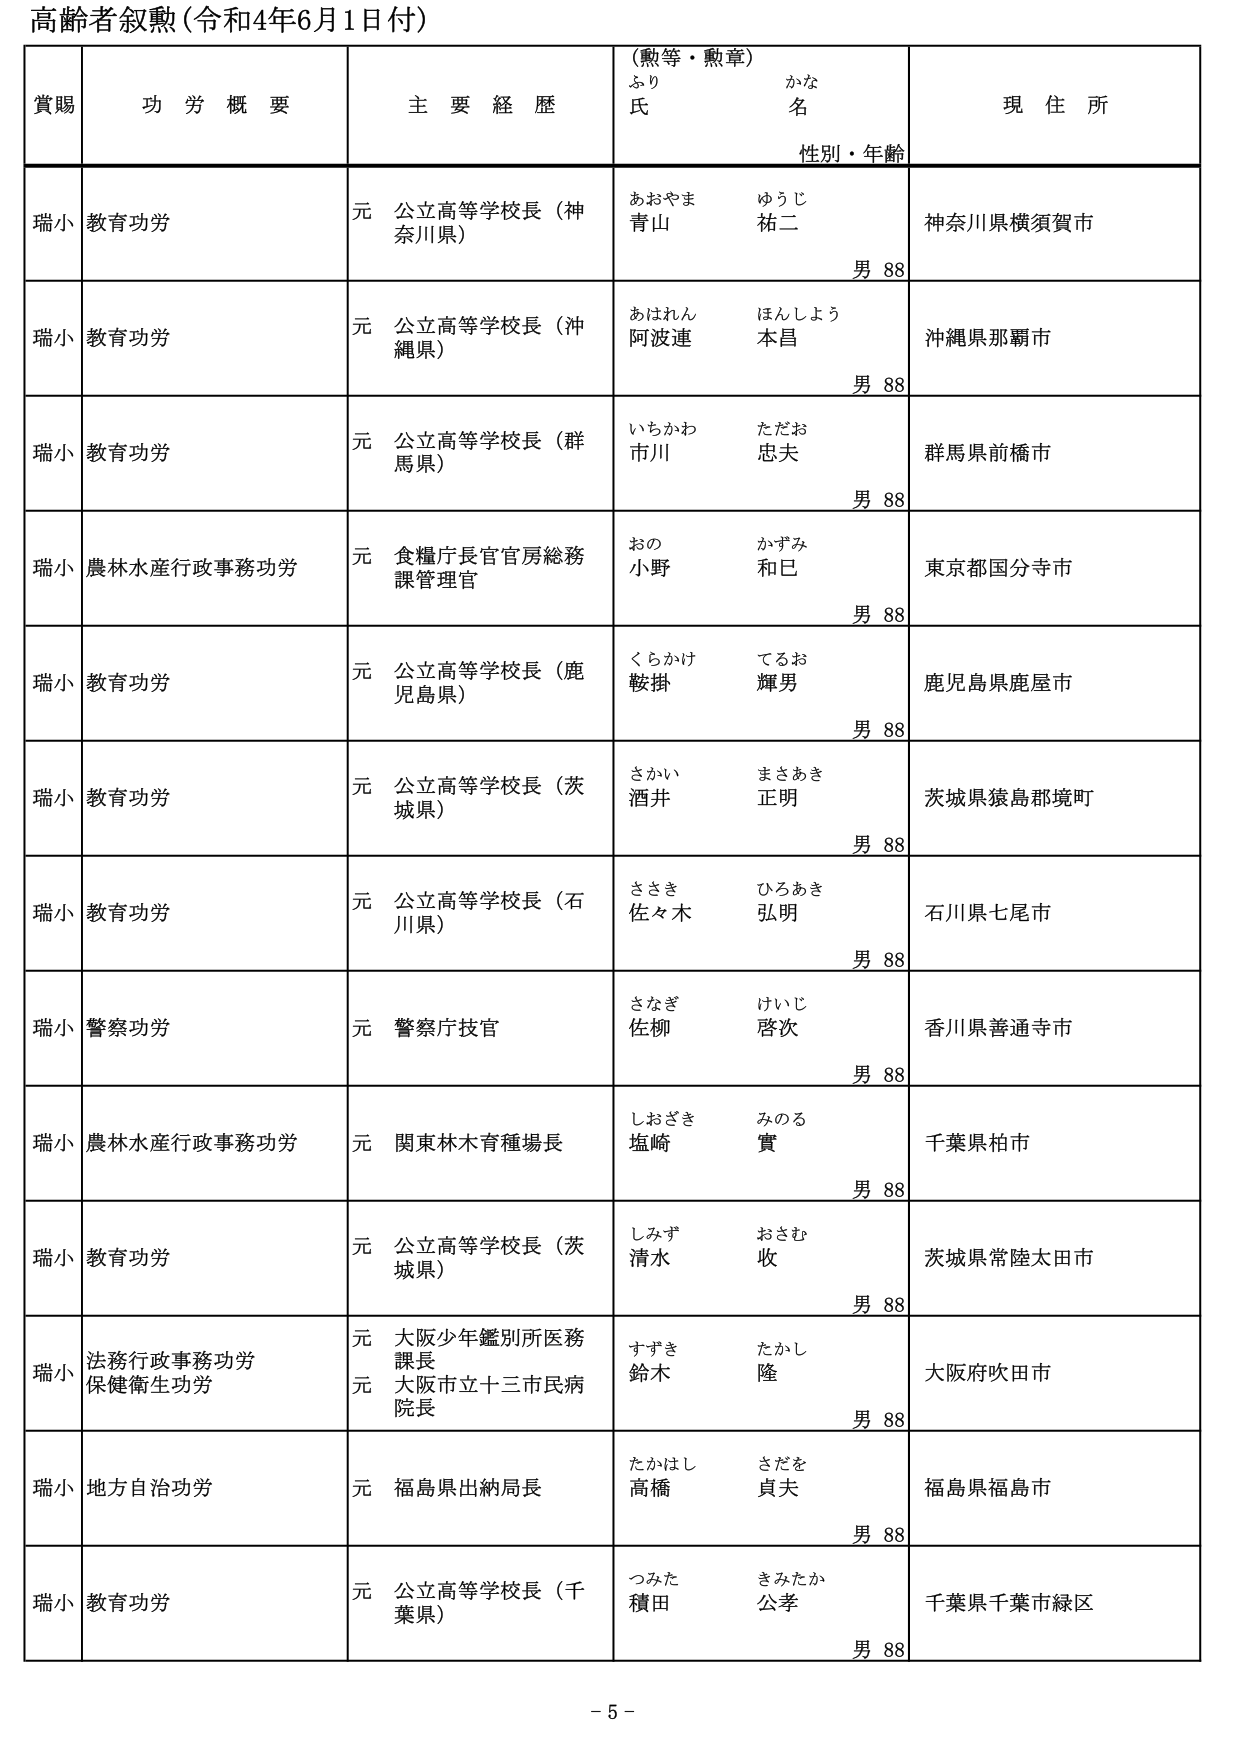
高齢者叙勲（令和4年6月1日付）

賞賜　功労概要　主要経歴　（勲等・勲章）　現住所
　　　　　　　　　　　　　　ふりがな　氏名　性別・年齢

瑞小　教育功労　元 公立高等学校長（神奈川県）　おおやま　青山　ゆうじ　祐二　男 88　神奈川県横須賀市
瑞小　教育功労　元 公立高等学校長（沖縄県）　あはれん　阿波連　ほんしょう　本昌　男 88　沖縄県那覇市
瑞小　教育功労　元 公立高等学校長（群馬県）　いちかわ　市川　ただお　忠夫　男 88　群馬県前橋市
瑞小　農林水産行政事務功労　元 食糧庁長官官房総務課管理官　おの　小野　かずみ　和巳　男 88　東京都国分寺市
瑞小　教育功労　元 公立高等学校長（鹿児島県）　くらかけ　鞍掛　てるお　輝男　男 88　鹿児島県鹿屋市
瑞小　教育功労　元 公立高等学校長（茨城県）　さかい　酒井　まさあき　正明　男 88　茨城県猿島郡境町
瑞小　教育功労　元 公立高等学校長（石川県）　ささき　佐々木　ひろあき　弘明　男 88　石川県七尾市
瑞小　警察功労　元 警察庁技官　さなぎ　佐柳　けいじ　啓次　男 88　香川県善通寺市
瑞小　農林水産行政事務功労　元 関東林木育種場長　しおざき　塩崎　みのる　實　男 88　千葉県柏市
瑞小　教育功労　元 公立高等学校長（茨城県）　しみず　清水　おさむ　収　男 88　茨城県常陸太田市
瑞小　法務行政事務功労　保健衛生功労　元 大阪少年鑑別所医務課長　元 大阪市立十三市民病院長　すずき　鈴木　たかし　隆　男 88　大阪府吹田市
瑞小　地方自治功労　元 福島県出納局長　たかはし　高橋　さだを　貞夫　男 88　福島県福島市
瑞小　教育功労　元 公立高等学校長（千葉県）　つみた　積田　きみたか　公孝　男 88　千葉県千葉市緑区

- 5 -